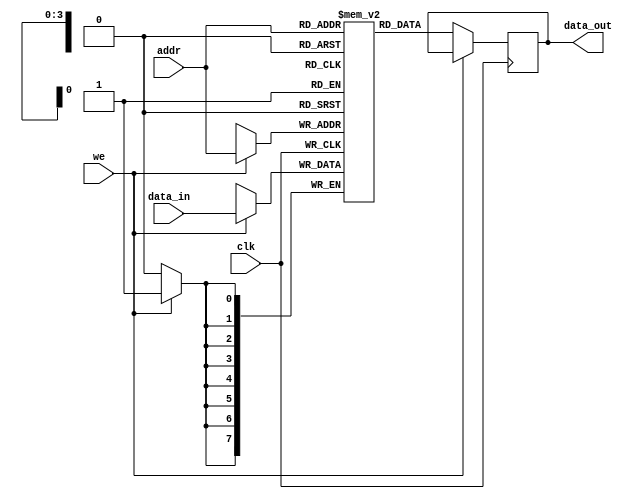
module single_port_ram #(
    parameter DATA_WIDTH = 8,   // Specify the data width
    parameter ADDR_WIDTH = 4    // Specify the address width
) (
    input wire clk,              // Clock signal
    input wire we,               // Write enable signal
    input wire [ADDR_WIDTH-1:0] addr, // Address input
    input wire [DATA_WIDTH-1:0] data_in, // Data input
    output reg [DATA_WIDTH-1:0] data_out // Data output
);

    // Calculate memory depth
    localparam MEMORY_DEPTH = 1 << ADDR_WIDTH; // 2^ADDR_WIDTH

    // Memory array
    reg [DATA_WIDTH-1:0] ram [0:MEMORY_DEPTH-1];

    // Synchronous read and write operations
    always @(posedge clk) begin
        if (we) begin
            // Write operation
            ram[addr] <= data_in;
        end else begin
            // Read operation
            data_out <= ram[addr];
        end
    end

    // Optional: Asynchronous reset (uncomment if needed)
    // input wire rst; // Add reset input
    // always @(posedge clk or posedge rst) begin
    //     if (rst) begin
    //         integer i;
    //         for (i = 0; i < MEMORY_DEPTH; i = i + 1) begin
    //             ram[i] <= {DATA_WIDTH{1'b0}}; // Initialize to zero
    //         end
    //     end else begin
    //         if (we) begin
    //             ram[addr] <= data_in;
    //         end else begin
    //             data_out <= ram[addr];
    //         end
    //     end
    // end

endmodule